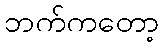
ဘက်ကတော့